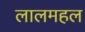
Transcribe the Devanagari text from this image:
लालमहल